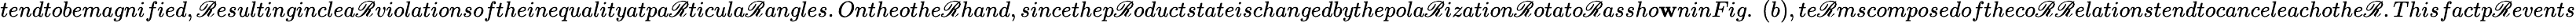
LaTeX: tendtobemagnified,\mathscr{R}esultinginclea\mathscr{R}violationsoftheinequalityatpa\mathscr{R}ticula\mathscr{R}angles.Ontheothe\mathscr{R}hand,sincethep\mathscr{R}oductstateischangedbythepola\mathscr{R}ization\mathscr{R}otato\mathscr{R}assho\mathbf{w}ninFig.~(b),te\mathscr{R}mscomposedoftheco\mathscr{R}\mathscr{R}elationstendtocanceleachothe\mathscr{R}.Thisfactp\mathscr{R}events